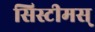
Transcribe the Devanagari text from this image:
सिस्टीमस्